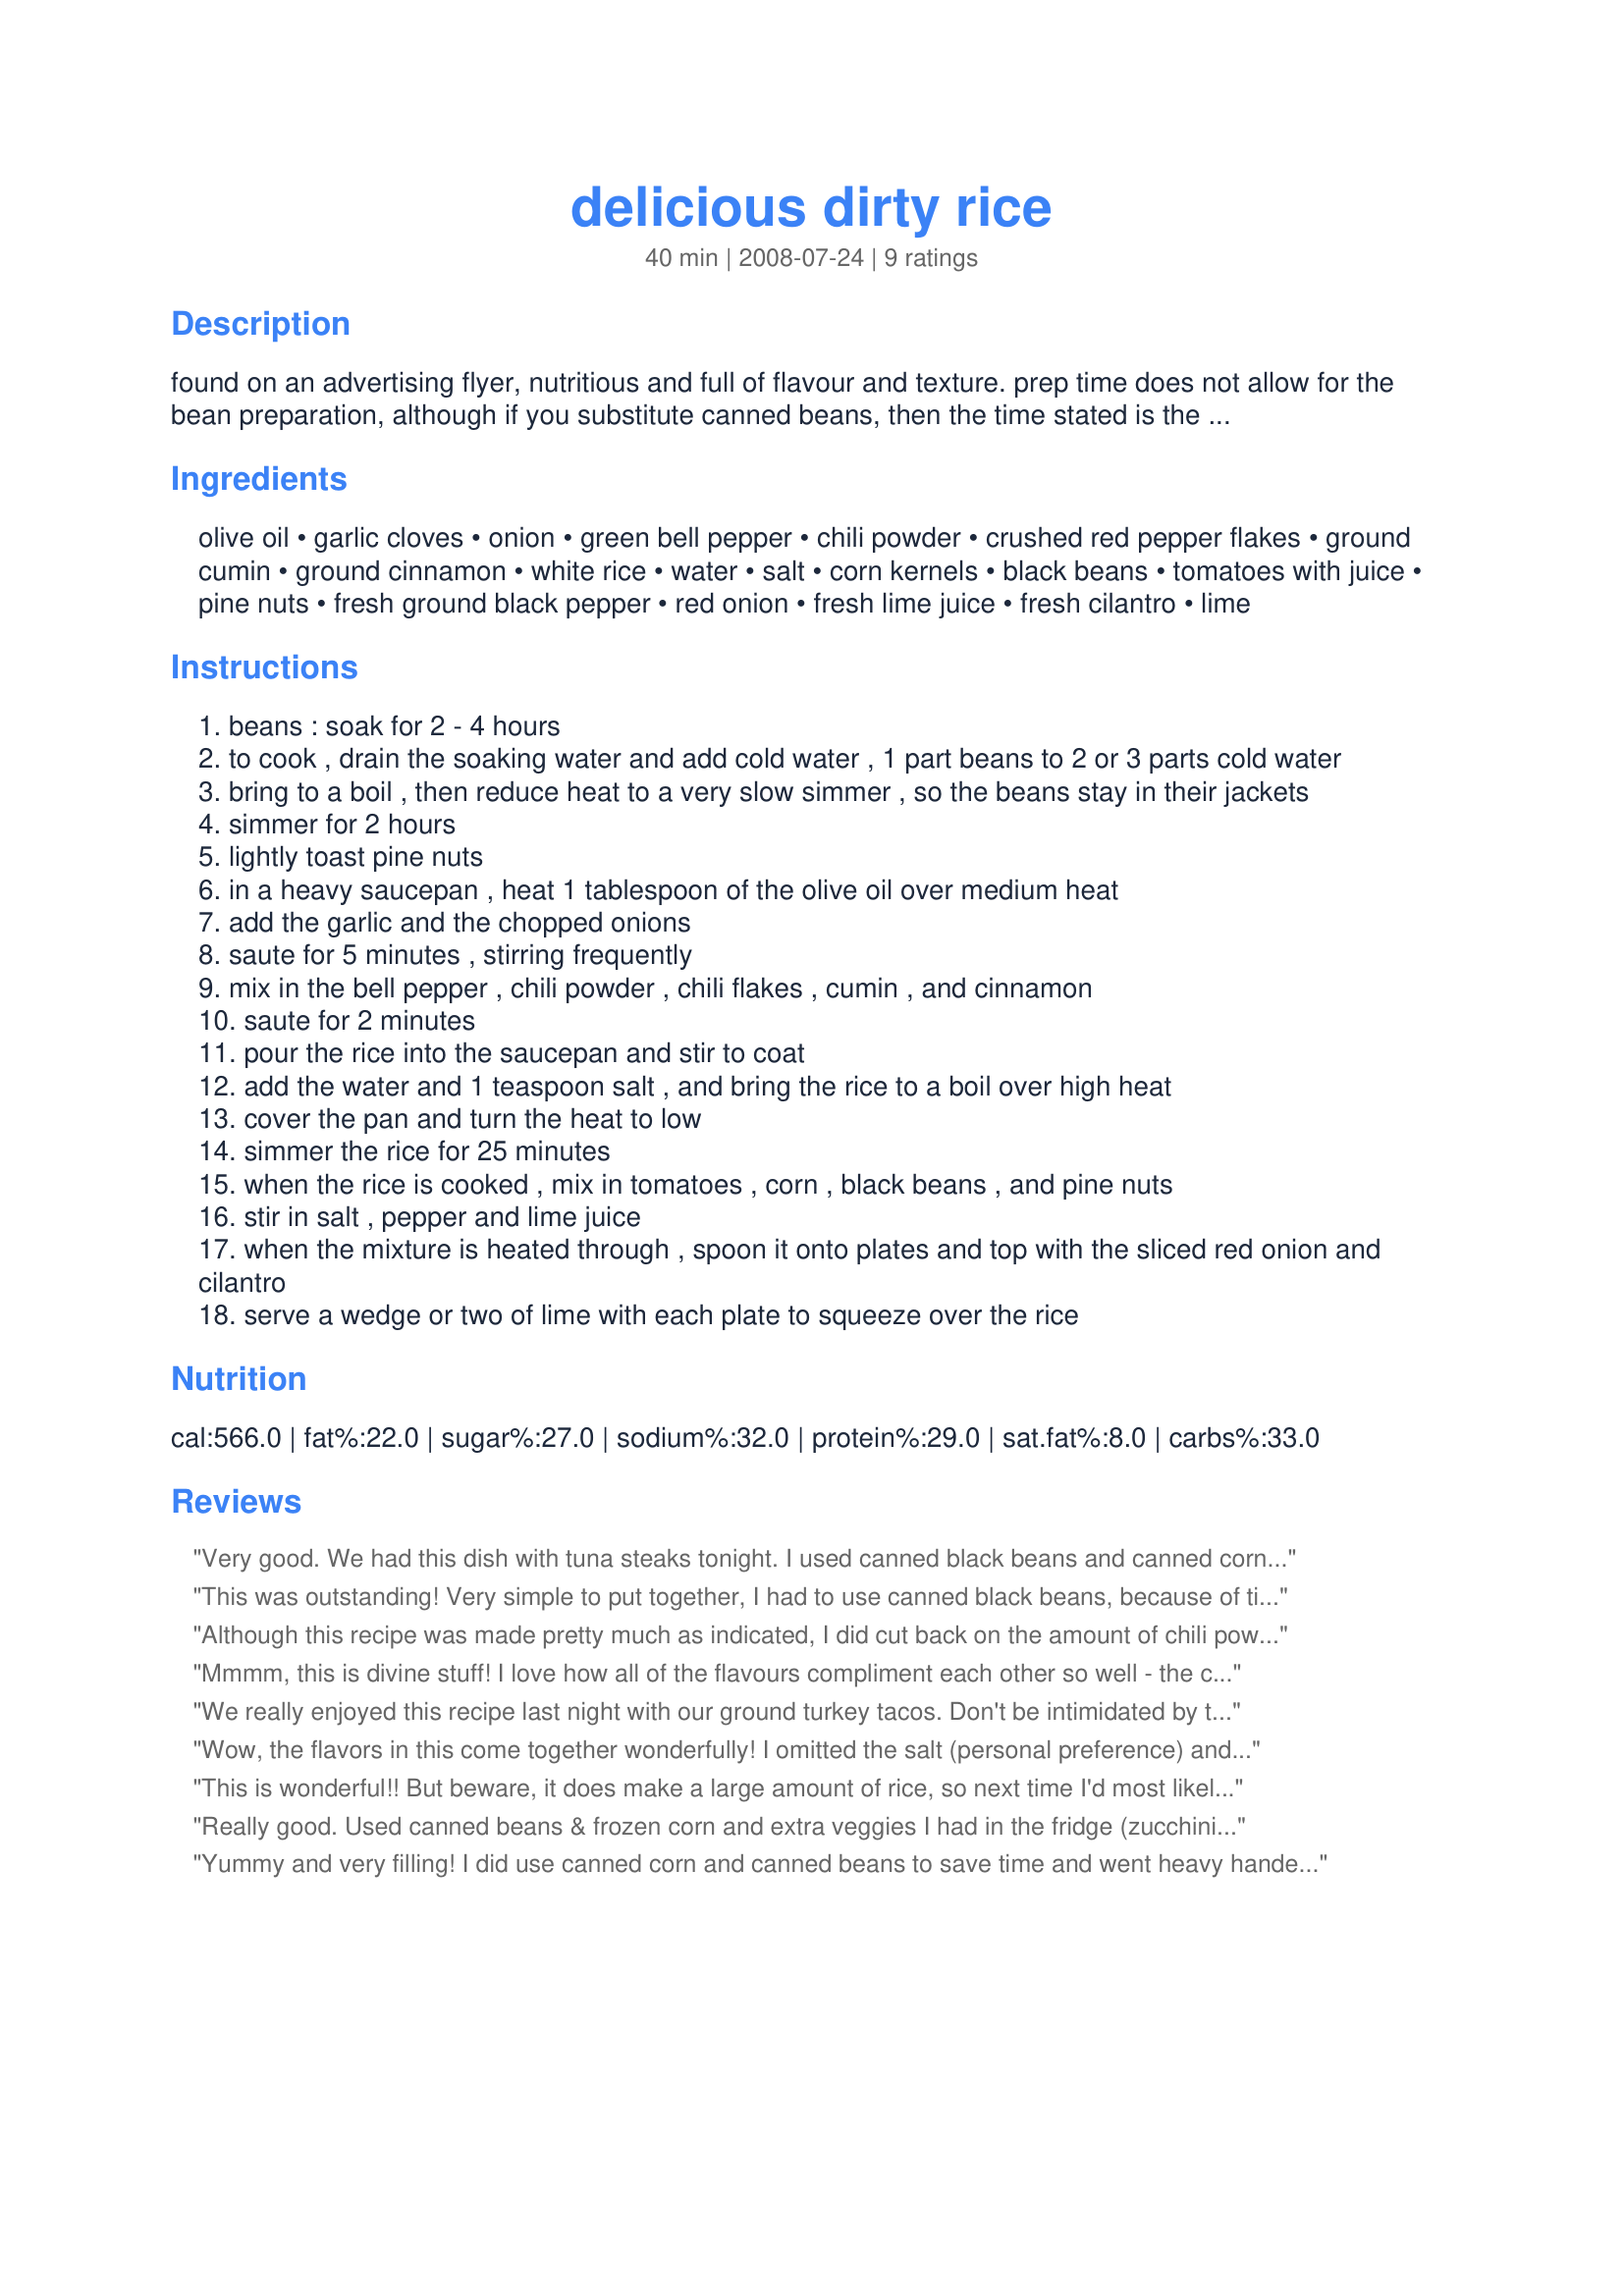
delicious dirty rice
Preparation time: 40 minutes

found on an advertising flyer, nutritious and full of flavour and texture.
prep time does not allow for the bean preparation, although if you substitute canned beans, then the time stated is the time it will take!

Ingredients:
olive oil, garlic cloves, onion, green bell pepper, chili powder, crushed red pepper flakes, ground cumin, ground cinnamon, white rice, water, salt, corn kernels, black beans, tomatoes with juice, pine nuts, fresh ground black pepper, red onion, fresh lime juice, fresh cilantro, lime

Steps:
beans : soak for 2 - 4 hours
to cook , drain the soaking water and add cold water , 1 part beans to 2 or 3 parts cold water
bring to a boil , then reduce heat to a very slow simmer , so the beans stay in their jackets
simmer for 2 hours
lightly toast pine nuts
in a heavy saucepan , heat 1 tablespoon of the olive oil over medium heat
add the garlic and the chopped onions
saute for 5 minutes , stirring frequently
mix in the bell pepper , chili powder , chili flakes , cumin , and cinnamon
saute for 2 minutes
pour the rice into the saucepan and stir to coat
add the water and 1 teaspoon salt , and bring the rice to a boil over high heat
cover the pan and turn the heat to low
simmer the rice for 25 minutes
when the rice is cooked , mix in tomatoes , corn , black beans , and pine nuts
stir in salt , pepper and lime juice
when the mixture is heated through , spoon it onto plates and top with the sliced red onion and cilantro
serve a wedge or two of lime with each plate to squeeze over the rice

Reviews:
Very good. We had this dish with tuna steaks tonight. I used canned black beans and canned corn as that is what I had on hand. Did not add the green pepper but added the whole can of black beans. Made for Ausie Swap #35. Thanks for posting.
This was outstanding! Very simple to put together, I had to use canned black beans, because of time constraint, cut some fresh corn off the cob, chopped garden tomatoes, and used a fresh Walla onion. I only used 1 tablespoon of olive oil, and kept true to the seasoning, which was just great! I was able to get this together and on the table in about 30 minutes, and the taste was wonderful! Will keep this recipe going on for a long time, thanks Karen! Made for *I Recommend* game 2008.
Although this recipe was made pretty much as indicated, I did cut back on the amount of chili powder (to 2 teaspoons), the red pepper flakes (to 1/8 teaspoon) & the ground cumin (just slightly)! I also used lemon pepper instead of the S&P! We really enjoyed this GREAT RICE DISH & will be keeping the recipe on hand! {Tagged, made & reviewed as a PRESSIE in the Aus/NZ 12 Days of Christmas Recipe Swap]
Mmmm, this is divine stuff! I love how all of the flavours compliment each other so well - the complexity of the cumin and cinnamon, the heat of the chilis, and the burst of lime and cilantro - it's a party in my mouth! I used brown rice and a can of black beans, rather than dry. Oh, and I wasn't sure of the size of the canned tomatoes, so I used a 28oz can of diced, which will worked well for me. This is a most definate make again! Thanks, Karen Elizabeth! Made for Veg Swap 19, for our VIP!
We really enjoyed this recipe last night with our ground turkey tacos. Don't be intimidated by the long ingredient list--the prep is very fast and the recipe is easy to make. I subbed a red bell pepper for green, as that is what I had on hand. I used a can of black beans, and used frozen corn, which I blanched. I used a 15 oz can of fire roasted tomatoes. I kept all spice proportions as listed and used a little more cilantro, as we love it. The rice was very moist and flavorful. I enjoyed it again today for lunch. I'd definitely make this again. Thanks for posting.
Wow, the flavors in this come together wonderfully! I omitted the salt (personal preference) and used canned beans, so it moved along quickly. Thanks for sharing!
This is wonderful!! But beware, it does make a large amount of rice, so next time I'd most likely halve the recipe. I only added 1/2 TBSP chili powder, as my chili is very hot. Thank you for posting.
Really good. Used canned beans & frozen corn and extra veggies I had in the fridge (zucchini & carrots). Had to omit the lime & cilantro as I didn't have any. Added some smoked sweet paprika. Added some diced smoked sausage for a very filling meal. Kids loved it & it disappeared quickly.
Yummy and very filling! I did use canned corn and canned beans to save time and went heavy handed on the chili powder, but otherwise made as posted. I'll be keeping this one! Thanks for posting!
